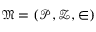
{ \mathfrak { M } } = ( { \mathcal { P } } , { \mathcal { Z } } , \in )